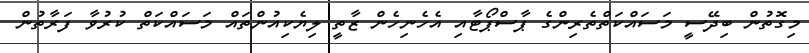
މިގޮތުން ބިދޭސީ މަސައްކަތްތެރިންގެ ޕާސްޕޯޓާއި އެހެނިހެން ޒާތީ ލިޔެކިއުންތައް މަސައްކަތް ކުރުވާ ފަރާތުން